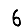
Digit: 6